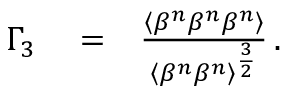
\begin{array} { r l r } { \Gamma _ { 3 } } & { { } = } & { \frac { \left\langle \beta ^ { n } \beta ^ { n } \beta ^ { n } \right\rangle } { \left\langle \beta ^ { n } \beta ^ { n } \right\rangle ^ { \frac { 3 } { 2 } } } \, . } \end{array}